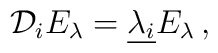
{\mathcal D}_i E_{\lambda} =\underline{ \lambda_i} E_{\lambda} \, ,